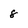
Character: 8